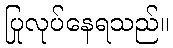
ပြုလုပ်နေရသည်။